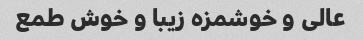
عالی و خوشمزه زیبا و خوش طمع